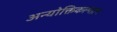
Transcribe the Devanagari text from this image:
अन्योक्तिकल्पद्रम